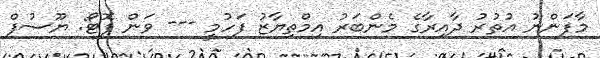
މާފަންނު އުތުރު ދާއިރާގެ މެންބަރު އިމްތިޔާޒު ފަހުމީ --- ވަން ފޮޓޯ: ޔޫސުފް